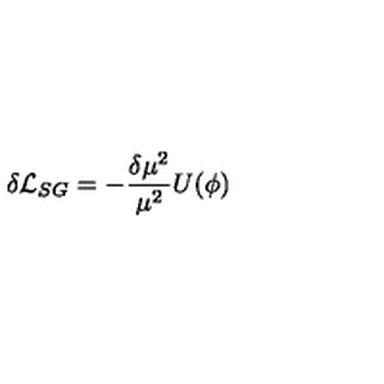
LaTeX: \delta { \cal { L } } _ { S G } = - \frac { \delta \mu ^ { 2 } } { \mu ^ { 2 } } U ( \phi )